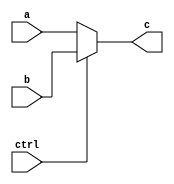
`timescale 1ns / 1ps
//////////////////////////////////////////////////////////////////////////////////
// Company: 
// Engineer: 
// 
// Design Name: 
// Module Name:    mux5 
// Project Name: 
// Target Devices: 
// Tool versions: 
// Description: 
//
// Dependencies: 
//
// Revision: 
// Revision 0.01 - File Created
// Additional Comments: 
//
//////////////////////////////////////////////////////////////////////////////////
module mux5(
input [4:0]a,b,
output [4:0]c,
input wire ctrl
    );
	assign c=(ctrl==0)?a:b;
endmodule